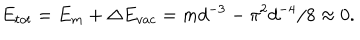
LaTeX: E _ { t o t } = E _ { m } + \Delta E _ { v a c } = m d ^ { - 3 } - \pi ^ { 2 } d ^ { - 4 } / 8 \approx 0 .